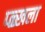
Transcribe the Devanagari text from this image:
प्ळ्खला